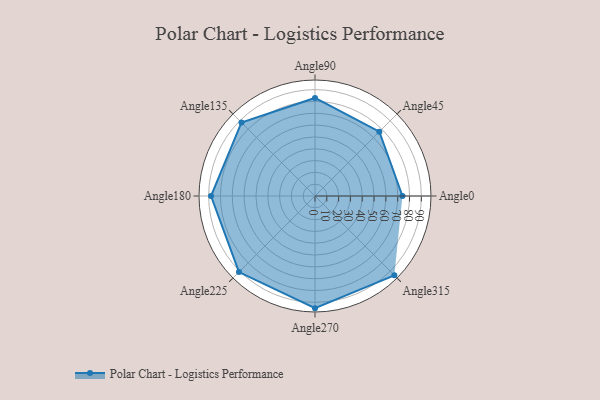
{"axis": {"x": "Angle", "y": "Radius"}, "legend": [""], "data": [{"x": "Angle0", "y": 74.0, "type": ""}, {"x": "Angle45", "y": 77.0, "type": ""}, {"x": "Angle90", "y": 83.0, "type": ""}, {"x": "Angle135", "y": 88.0, "type": ""}, {"x": "Angle180", "y": 88.0, "type": ""}, {"x": "Angle225", "y": 91.0, "type": ""}, {"x": "Angle270", "y": 95.0, "type": ""}, {"x": "Angle315", "y": 95.0, "type": ""}]}